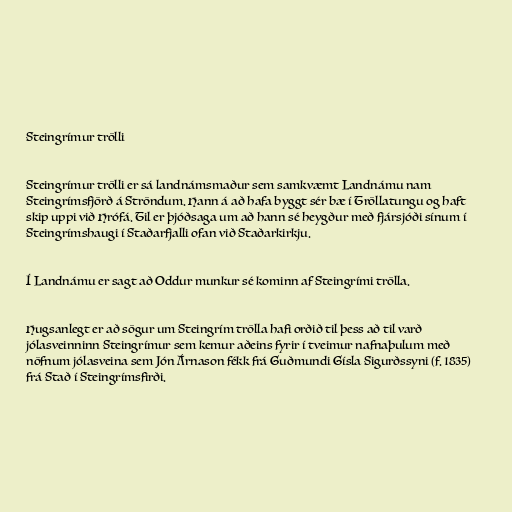
Steingrímur trölli

Steingrímur trölli er sá landnámsmaður sem samkvæmt Landnámu nam
Steingrímsfjörð á Ströndum. Hann á að hafa byggt sér bæ í Tröllatungu og haft
skip uppi við Hrófá. Til er þjóðsaga um að hann sé heygður með fjársjóði sínum í
Steingrímshaugi í Staðarfjalli ofan við Staðarkirkju.

Í Landnámu er sagt að Oddur munkur sé kominn af Steingrími trölla.

Hugsanlegt er að sögur um Steingrím trölla hafi orðið til þess að til varð
jólasveinninn Steingrímur sem kemur aðeins fyrir í tveimur nafnaþulum með
nöfnum jólasveina sem Jón Árnason fékk frá Guðmundi Gísla Sigurðssyni (f. 1835)
frá Stað í Steingrímsfirði.